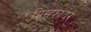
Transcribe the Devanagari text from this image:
मिसफायर